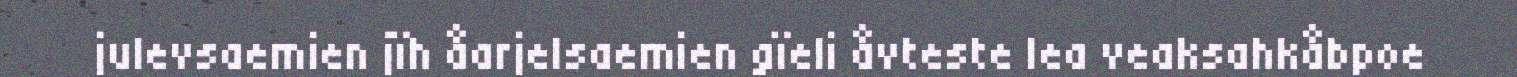
julevsaemien jïh åarjelsaemien gïeli åvteste lea veaksahkåbpoe